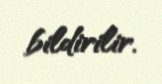
bildirilir.